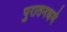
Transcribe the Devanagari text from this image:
पुरातनधर्म